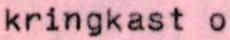
kringkast o